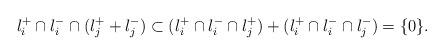
LaTeX: \begin{align*}l_i^+ \cap l_i^- \cap(l_j^+ + l_j^-) \subset (l_i^+ \cap l_i^- \cap l_j^+) + (l_i^+ \cap l_i^- \cap l_j^-) = \{0\}.\end{align*}